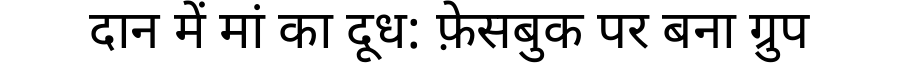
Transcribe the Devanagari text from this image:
दान में मां का दूध: फ़ेसबुक पर बना ग्रुप